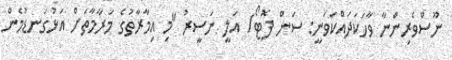
ނޫސްވެރިންނާ ވާހަކަދައްކަވަނީ: ސަން ފޮޓޯ/ އަލީ ނަސީރު "މި އިމާރާތުގެ މަރާމާތަށް އަޅުގަނޑުމެން